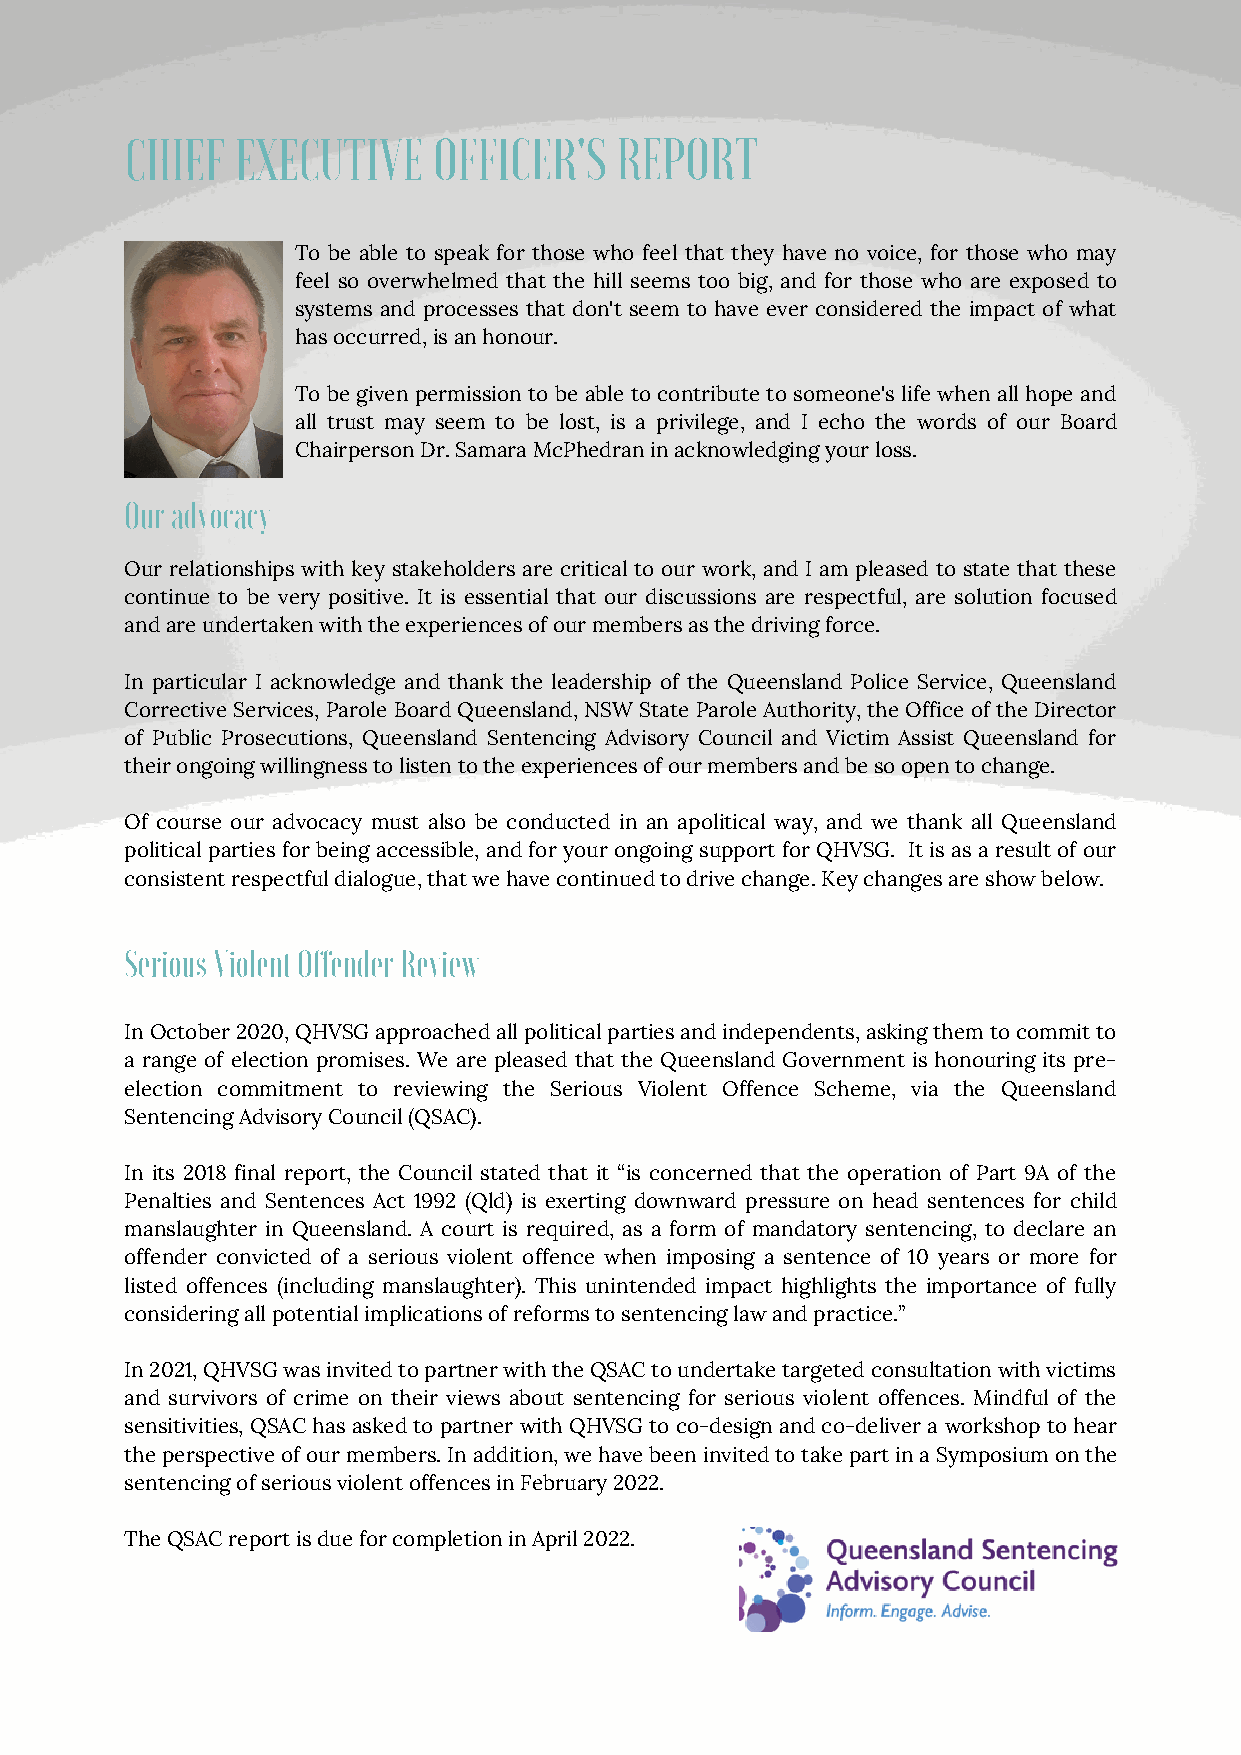
CHIEF   EXECUTIVE    OFFICER'S   REPORT
 To be able to speak for those who feel that they have no voice, for those who may
 feel so overwhelmed that the hill seems too big, and for those who are exposed to
 systems and processes that don't seem to have ever considered the impact of what
 has occurred, is an honour.
 To be given permission to be able to contribute to someone's life when all hope and
 all trust may seem to be lost, is a privilege, and I echo the words of our Board
 Chairperson Dr. Samara McPhedran in acknowledging your loss.
 Our advocacy
 Our relationships with key stakeholders are critical to our work, and I am pleased to state that these
 continue to be very positive. It is essential that our discussions are respectful, are solution focused
 and are undertaken with the experiences of our members as the driving force.
 In particular I acknowledge and thank the leadership of the Queensland Police Service, Queensland
 Corrective Services, Parole Board Queensland, NSW State Parole Authority, the Office of the Director
 of Public Prosecutions, Queensland Sentencing Advisory Council and Victim Assist Queensland for
 their ongoing willingness to listen to the experiences of our members and be so open to change.
 Of course our advocacy must also be conducted in an apolitical way, and we thank all Queensland
 political parties for being accessible, and for your ongoing support for QHVSG. It is as a result of our
 consistent respectful dialogue, that we have continued to drive change. Key changes are show below.
 Serious Violent Offender Review
 In October 2020, QHVSG approached all political parties and independents, asking them to commit to
 a range of election promises. We are pleased that the Queensland Government is honouring its pre-
 election commitment to reviewing the Serious Violent Offence Scheme, via the Queensland
 Sentencing Advisory Council (QSAC).
 In its 2018 final report, the Council stated that it “is concerned that the operation of Part 9A of the
 Penalties and Sentences Act 1992 (Qld) is exerting downward pressure on head sentences for child
 manslaughter in Queensland. A court is required, as a form of mandatory sentencing, to declare an
 offender convicted of a serious violent offence when imposing a sentence of 10 years or more for
 listed offences (including manslaughter). This unintended impact highlights the importance of fully
 considering all potential implications of reforms to sentencing law and practice.”
 In 2021, QHVSG was invited to partner with the QSAC to undertake targeted consultation with victims
 and survivors of crime on their views about sentencing for serious violent offences. Mindful of the
 sensitivities, QSAC has asked to partner with QHVSG to co-design and co-deliver a workshop to hear
 the perspective of our members. In addition, we have been invited to take part in a Symposium on the
 sentencing of serious violent offences in February 2022.
 The QSAC report is due for completion in April 2022.